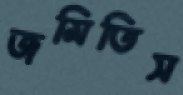
জমিতিস